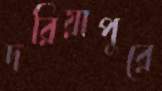
দরিয়াপুরে